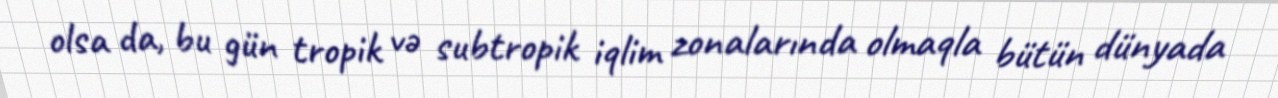
olsa da, bu gün tropik və subtropik iqlim zonalarında olmaqla bütün dünyada